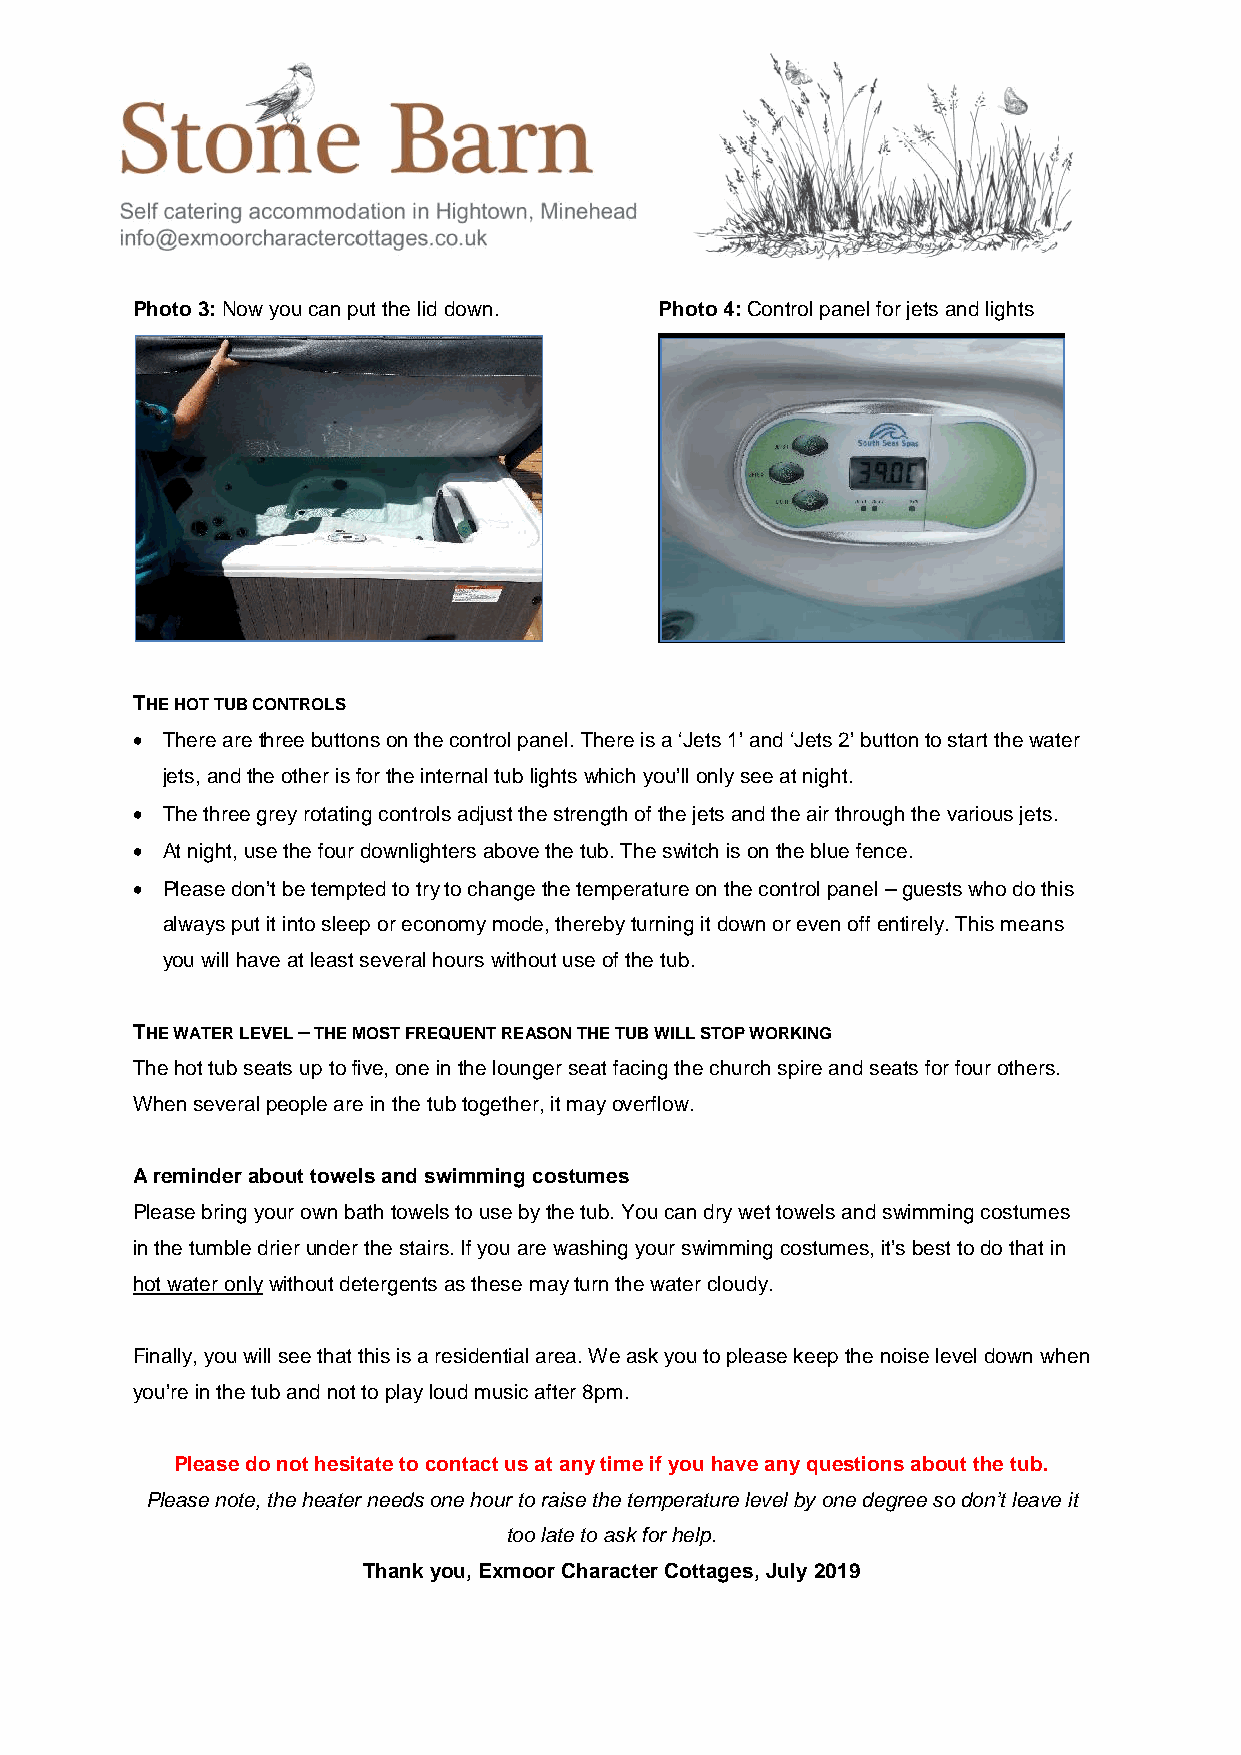
Photo3:Now you can put the lid down. Photo4:Control panel for jets and lights
 THE HOT TUBCONTROLS
  There arethree buttonson the control panel.There is a ‘Jets 1’ and ‘Jets 2’ buttonto start thewater
 jets,andthe otherisforthe internal tublights which you’ll only see at night.
  The three grey rotating controls adjust the strength of the jets and the air through the various jets.
  At night, use the four downlighters above the tub. The switch is on the blue fence.
  Please don’t be tempted to try to change the temperature on the control panel–guests who do this
 always put it into sleep or economy mode, thereby turning it down or even off entirely. This means
 you will have at least several hours without use of the tub.
 THE WATER LEVEL–THEMOST FREQUENT REASONTHE TUB WILL STOP WORKING
 The hot tub seats up tofive, one in the lounger seat facing the church spire and seats for four others.
 Whenseveralpeople are in the tubtogether, itmayoverflow.
 A reminder about towels and swimming costumes
 Please bring your own bath towels to use by the tub. You can dry wet towels and swimming costumes
 in the tumble drierunder the stairs. If you are washing your swimming costumes, it’s best to do that in
 hot water onlywithout detergents as these mayturn the water cloudy.
 Finally, you will see that this is a residential area. We ask you to please keep the noise level down when
 you’re in the tub and not to play loud music after 8pm.
 Please do not hesitate to contact us at any time if you have any questions about the tub.
 Please note, the heater needs one hour to raise the temperature level by one degree so don’t leave it
 too late to ask for help.
 Thank you, Exmoor Character Cottages,July2019